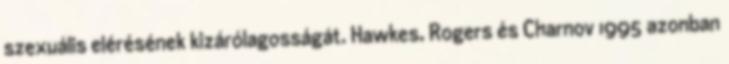
szexuális elérésének kizárólagosságát. Hawkes, Rogers és Charnov 1995 azonban